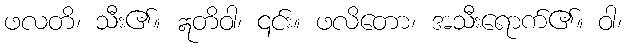
ဖလတိ၊ သီး၏။ ဣတိဝါ၊ ၎င်း။ ဖလိတော၊ အသီးရောက်၏။ ဝါ၊